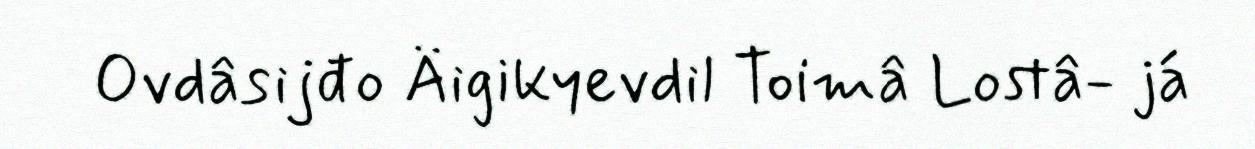
Ovdâsijđo Äigikyevdil Toimâ Lostâ- já